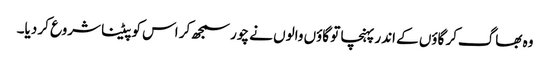
وہ بھاگ‌کر گاؤں کے اندر پہنچا تو گاؤں والوں نے چور سمجھ‌کر اس کو پیٹنا شروع کر دیا۔